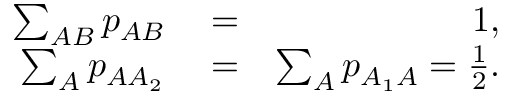
\begin{array} { r l r } { \sum _ { A B } p _ { A B } } & { { } = } & { 1 , } \\ { \sum _ { A } p _ { A A _ { 2 } } } & { { } = } & { \sum _ { A } p _ { A _ { 1 } A } = \frac { 1 } { 2 } . } \end{array}